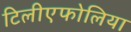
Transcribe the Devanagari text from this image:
टिलीएफोलिया